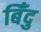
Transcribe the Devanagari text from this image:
बिँदु